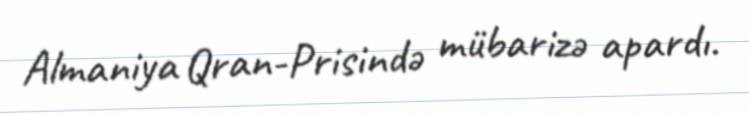
Almaniya Qran-Prisində mübarizə apardı.